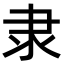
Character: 隶